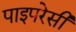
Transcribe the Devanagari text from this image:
पाइपरेसी